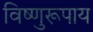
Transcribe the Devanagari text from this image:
विष्णुरूपाय